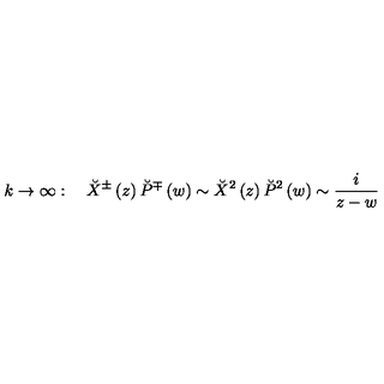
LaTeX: k \rightarrow \infty : \quad \breve { X } ^ { \pm } \left( z \right) \breve { P } ^ { \mp } \left( w \right) \sim \breve { X } ^ { 2 } \left( z \right) \breve { P } ^ { 2 } \left( w \right) \sim \frac i { z - w }